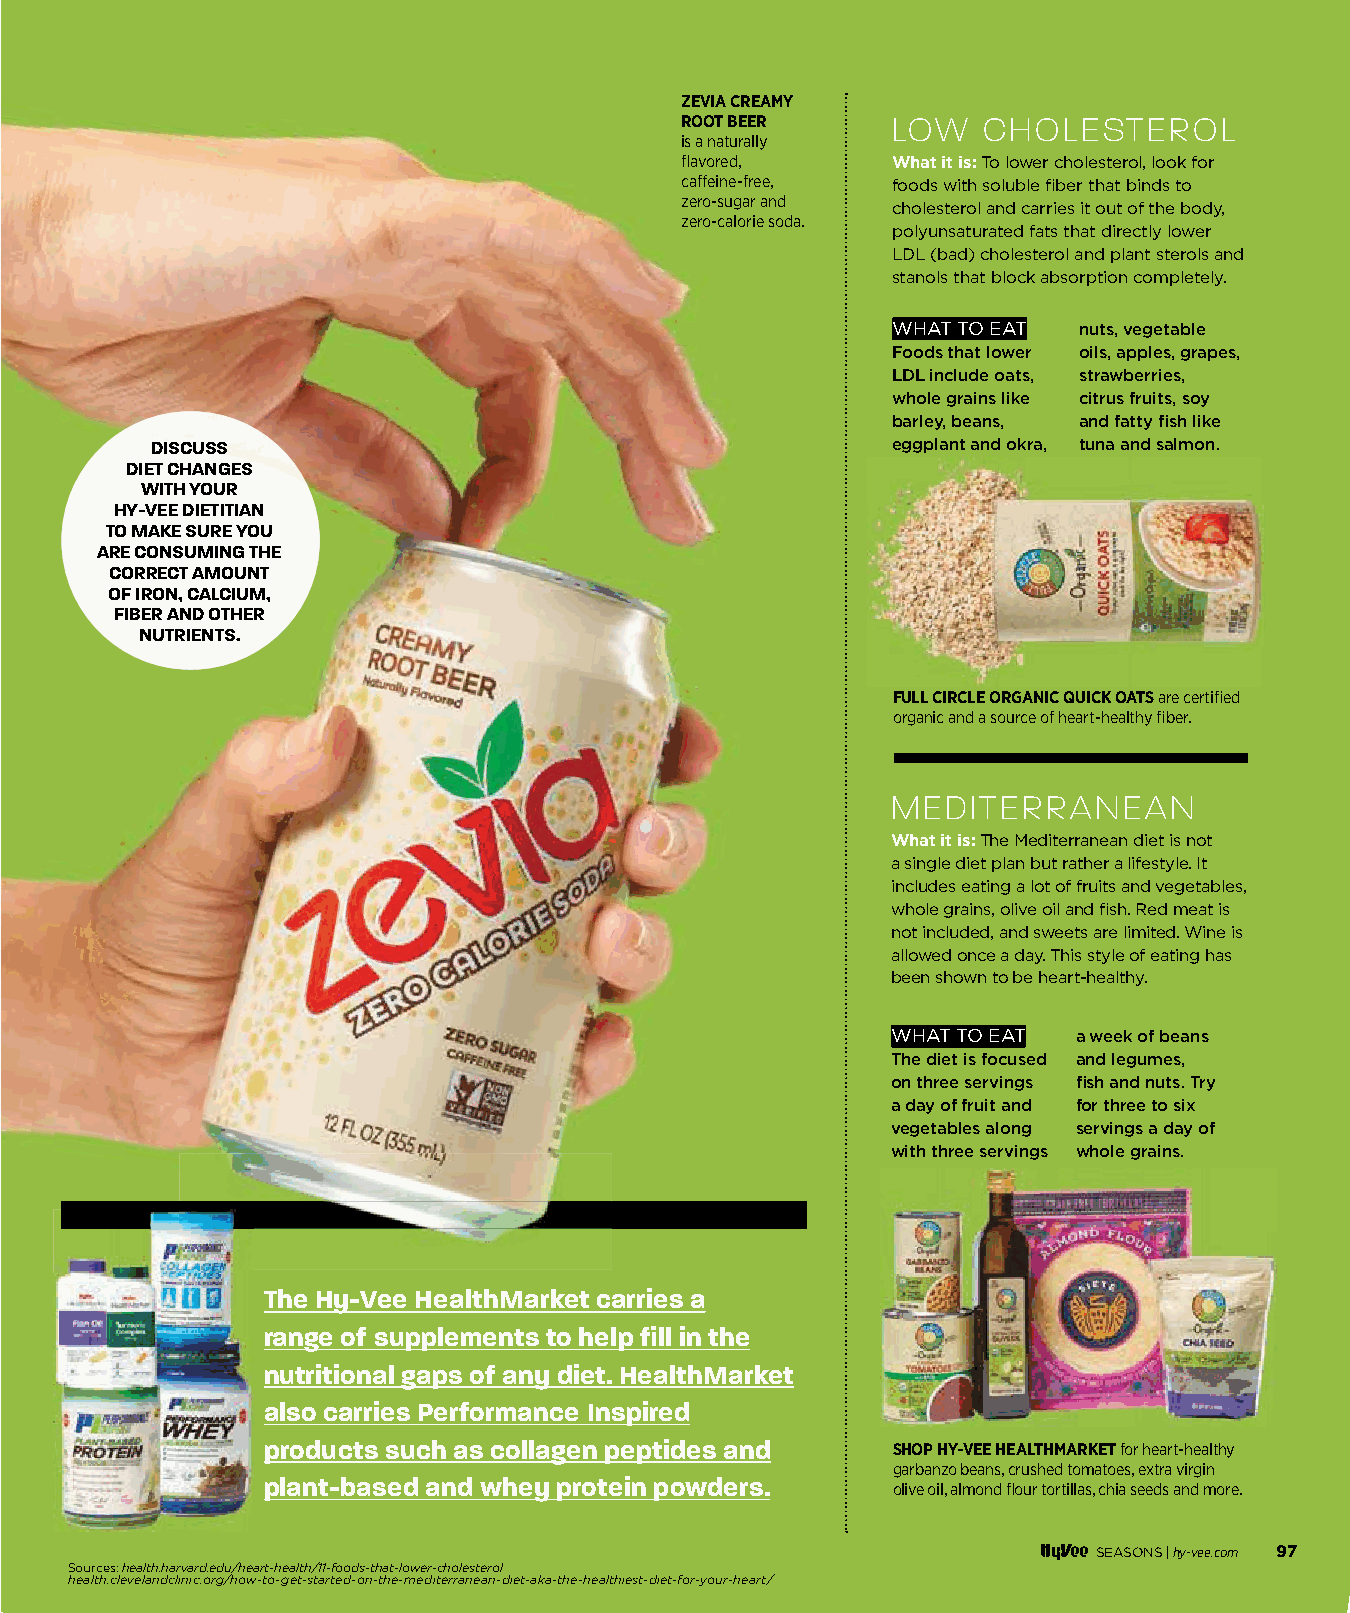
ZEVIA CREAMY
 ROOT BEER     LOW   CHOLESTEROL
 is a naturally
 fl avored,    What it is: To lower cholesterol, look for
 caff eine-free, foods with soluble fi ber that binds to
 zero-sugar and
 cholesterol and carries it out of the body,
 zero-calorie soda.
 polyunsaturated fats that directly lower
 LDL (bad) cholesterol and plant sterols and
 stanols that block absorption completely.
 WHAT TO EAT nuts, vegetable
 Foods that lower oils, apples, grapes,
 LDL include oats, strawberries,
 whole grains like citrus fruits, soy
 barley, beans, and fatty fi sh like
 DISCUSS                                          eggplant and okra, tuna and salmon.
 DIET CHANGES
 WITH YOUR
 HY-VEE DIETITIAN
 TO MAKE SURE YOU
 ARE CONSUMING THE
 CORRECT AMOUNT
 OF IRON, CALCIUM,
 FIBER AND OTHER
 NUTRIENTS.
 FULL CIRCLE ORGANIC QUICK OATS are certifi ed
 organic and a source of heart-healthy fi ber.
 MEDITERRANEAN
 What it is:The Mediterranean diet is not
 a single diet plan but rather a lifestyle. It
 includes eating a lot of fruits and vegetables,
 whole grains, olive oil and fi sh. Red meat is
 not included, and sweets are limited. Wine is
 allowed once a day. This style of eating has
 been shown to be heart-healthy.
 WHAT TO EAT a week of beans
 The diet is focused and legumes,
 on three servings fi sh and nuts. Try
 a day of fruit and for three to six
 vegetables along servings a day of
 with three servings whole grains.
 The Hy-Vee HealthMarket carries a
 range of supplements to help fi ll in the
 nutritional gaps of any diet. HealthMarket
 also carries Performance Inspired
 products such as collagen peptides and    SHOP HY-VEE HEALTHMARKETfor heart-healthy
 garbanzo beans, crushed tomatoes, extra virgin
 plant-based and whey protein powders.     olive oil, almond fl our tortillas, chia seeds and more.
 SEASONS |hy-vee.com 97
 Sources: health.harvard.edu/heart-health/11-foods-that-lower-cholesterol
 health.clevelandclinic.org/how-to-get-started-on-the-mediterranean-diet-aka-the-healthiest-diet-for-your-heart/
 009944--009999 HHeeaalltthhMMaarrkkeett__1111..2299..iinndddd 9977               1111//2299//2211 11::5599 PPMM